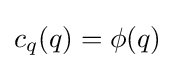
c_{q}(q)=\phi (q)